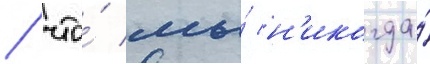
/ что́ мы́ н'икогда́